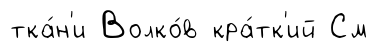
тка́н'и Волко́в кра́тк'ий См